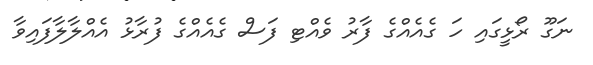
ނަގޫ ރޯޅީގައި ހަ ގެއެއްގެ ފާރު ވެއްޓި ފަސް ގެއެއްގެ ފުރާޅު އެއްލާލާފައިވާ